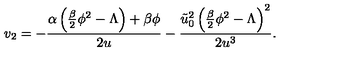
v _ { 2 } = - \frac { \alpha \left( \frac { \beta } { 2 } \phi ^ { 2 } - \Lambda \right) + \beta \phi } { 2 u } - \frac { \tilde { u } _ { 0 } ^ { 2 } \left( \frac { \beta } { 2 } \phi ^ { 2 } - \Lambda \right) ^ { 2 } } { 2 u ^ { 3 } } .